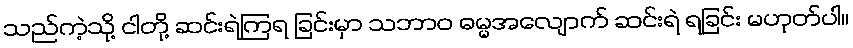
သည်ကဲ့သို့ ငါတို့ ဆင်းရဲကြရ ခြင်းမှာ သဘာဝ ဓမ္မအလျောက် ဆင်းရဲ ရခြင်း မဟုတ်ပါ။